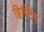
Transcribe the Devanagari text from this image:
ट्विस्टिंग